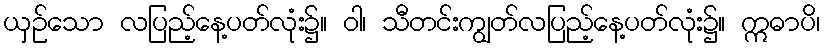
ယှဉ်သော လပြည့်နေ့ပတ်လုံး၌။ ဝါ၊ သီတင်းကျွတ်လပြည့်နေ့ပတ်လုံး၌။ ဣဓာပိ၊